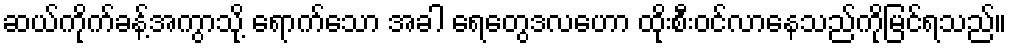
ဆယ်ကိုက်ခန့်အကွာသို့ ရောက်သော အခါ ရေတွေဒလဟော ထိုးစီးဝင်လာနေသည်ကိုမြင်ရသည်။